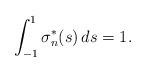
LaTeX: \begin{align*}\int_{-1}^1\sigma_n^*(s) \, ds=1.\end{align*}